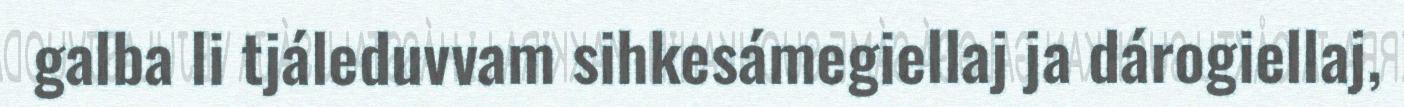
galba li tjáleduvvam sihkesámegiellaj ja dárogiellaj,